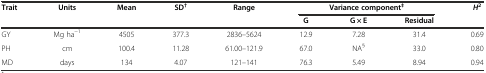
| Trait | Units | Mean | SD† | Range | <COLSPAN=3> Variance component‡ | H2 |
 |  |  |  |  |  | G | G × E | Residual |  |
 | --- | --- | --- | --- | --- | --- | --- | --- | --- |
 | GY | Mg ha-1 | 4505 | 377.3 | 2836–5624 | 12.9 | 7.28 | 31.4 | 0.69 |
 | PH | cm | 100.4 | 11.28 | 61.00–121.9 | 67.0 | NA§ | 33.0 | 0.80 |
 | MD | days | 134 | 4.07 | 121–141 | 76.3 | 5.49 | 8.94 | 0.94 |